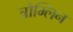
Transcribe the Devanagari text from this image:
त्रोम्लिन